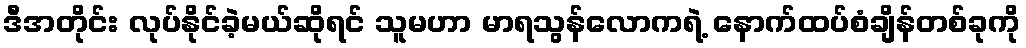
ဒီအတိုင်း လုပ်နိုင်ခဲ့မယ်ဆိုရင် သူမဟာ မာရသွန်လောကရဲ့ နောက်ထပ်စံချိန်တစ်ခုကို